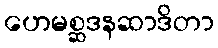
ဟေမစ္ဆဒနဆာဒိတာ